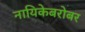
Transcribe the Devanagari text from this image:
नायिकेबरोबर